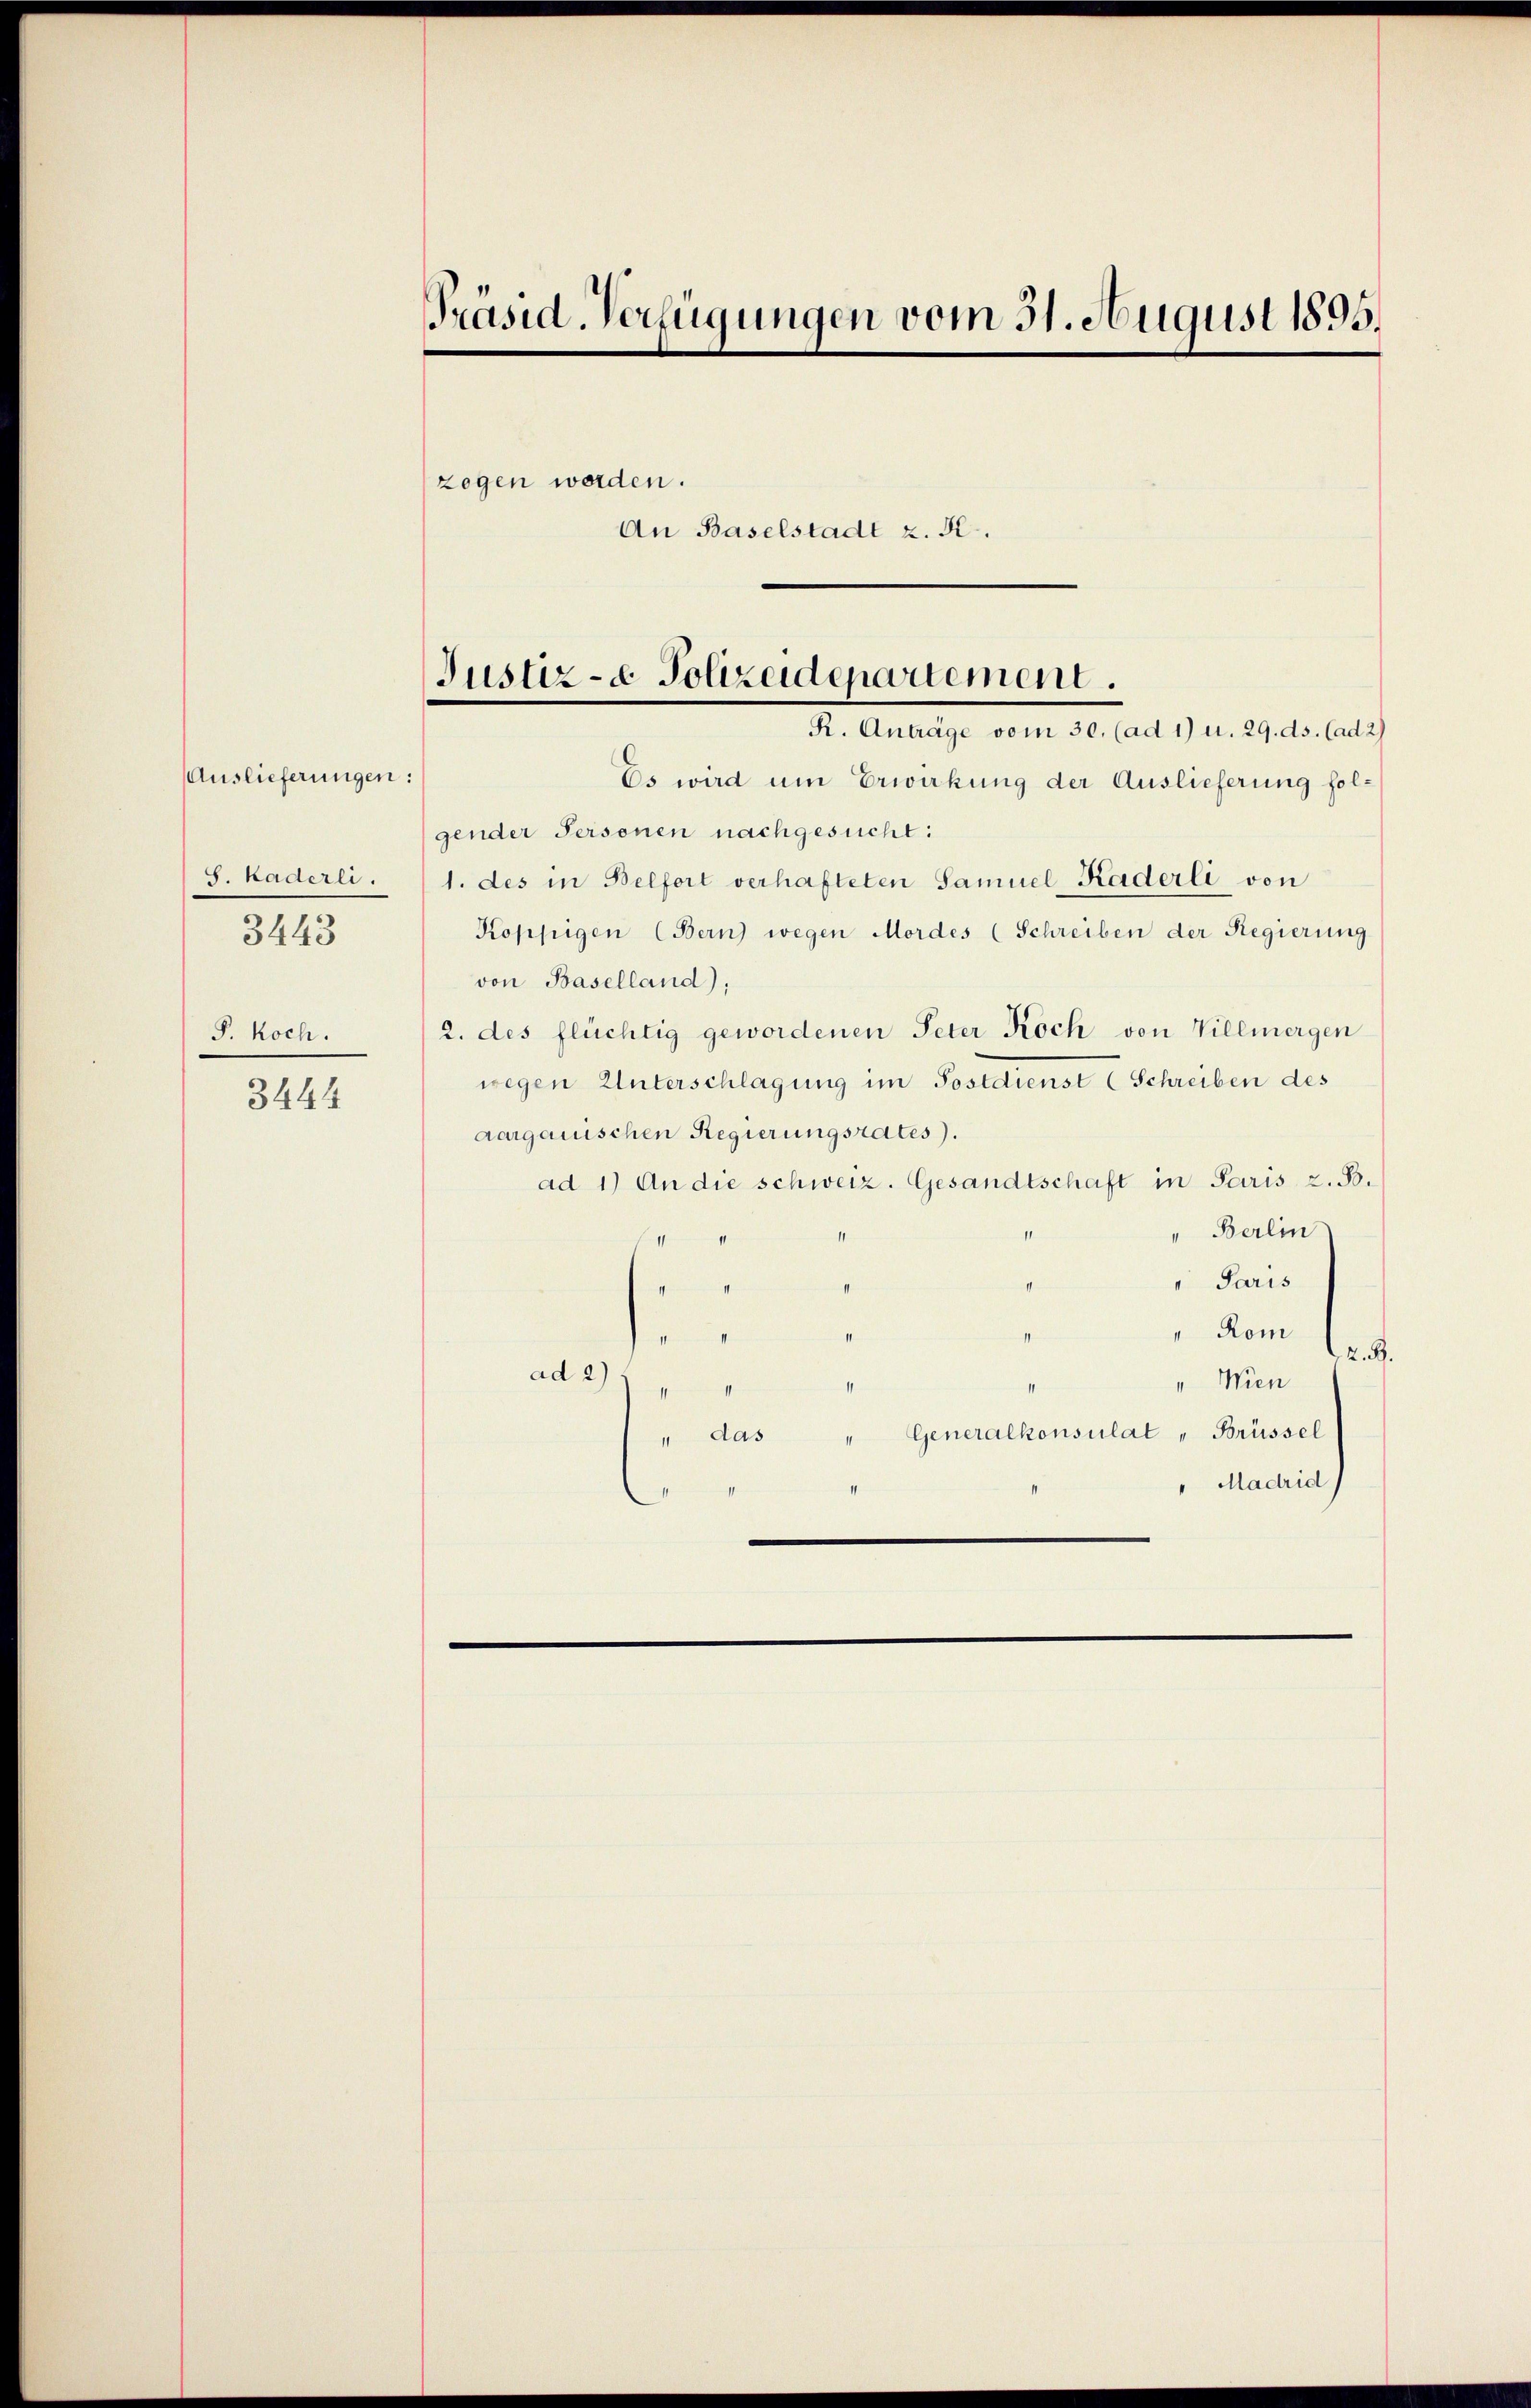
Auslieferungen:
S. Kaderli.
3443
P. koch.

3441

Präsid. Verfügungen vom 31. August 1895.
zogen worden.
An Baselstadt z. R.

Justiz- & Polizeidepartement.
S. Antrage dem vor laut der es aber als

Es wird um Erwirkung der Auslieferung folgender Personen nachgesucht:
1. des in Belfort verhafteten Samuel Kaderli von
Koppigen (Bern) wegen Mordes (Schreiben der Regierung
von Baselland);
2. des flüchtig gewordenen Peter Koch von Villmergen
wegen Unterschlagung im Postdienst (Schreiben des
aargauischen Regierungsrates).
ad 1) An die schweiz. Gesandtschaft in Paris z. B.
" Berlin
1
" Paris
II
n
" Rom
neris
2. B.
ad 2) 1
" Wien
" Generalkonsulat " Brüssel
" das
"Madrid)